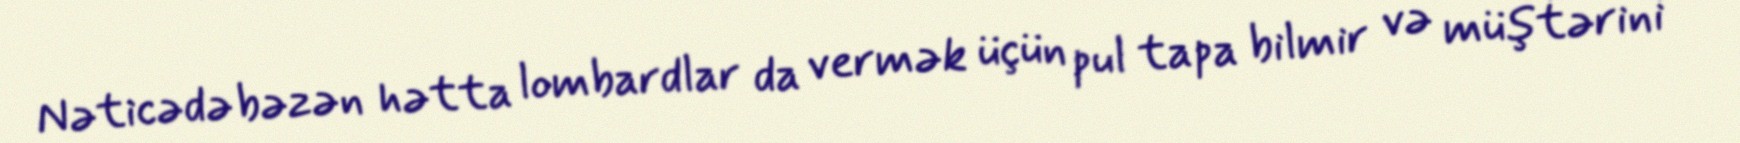
Nəticədə bəzən hətta lombardlar da vermək üçün pul tapa bilmir və müştərini